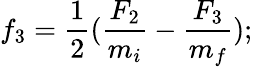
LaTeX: f_{3}={\frac{1}{2}}({\frac{F_{2}}{m_{i}}}-{\frac{F_{3}}{m_{f}}});